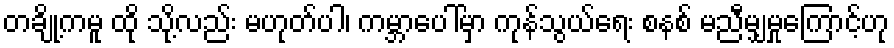
တချို့ကမူ ထို သို့လည်း မဟုတ်ပါ၊ ကမ္ဘာပေါ်မှာ ကုန်သွယ်ရေး စနစ် မညီမျှမှုကြောင့်ဟု